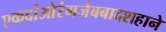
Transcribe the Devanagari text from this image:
एकदांऔरंगजेबबादशहाने